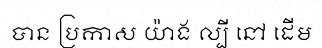
បាន ប្រកាស យ៉ាង ល្បី នៅ ដើម